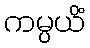
ကမ္ပယိံ